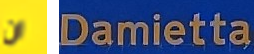
ان Damietta